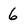
Character: 6